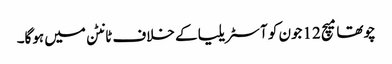
چوتھا میچ 12جون کو آسٹریلیا کے خلاف ٹانٹن میں ہوگا۔